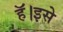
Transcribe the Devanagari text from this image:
हॅ।इसे